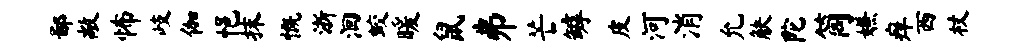
鄙敞怖岐伽悒抹慨浙洄蛟暖鼠井芒罅皮河消允觖陀筒嫌痒西杖